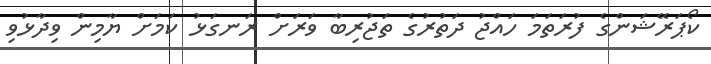
ކޯޕަރޭޝަންގެ ފުރަތަމަ ހައްޖު ދަތުރުގެ ތަޖުރިބާ ވަރަށް ރަނގަޅު ކަމަށް ޔާމިން ވިދާޅުވި